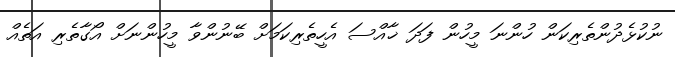
ނުކުޅެދުންތެރިކަން ހުންނަ މީހުން ފަދަ ޚާއްސަ އެހީތެރިކަމަށް ބޭނުންވާ މީހުންނަށް އޯގާތެރި އަތެއް